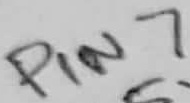
Text: PIN7